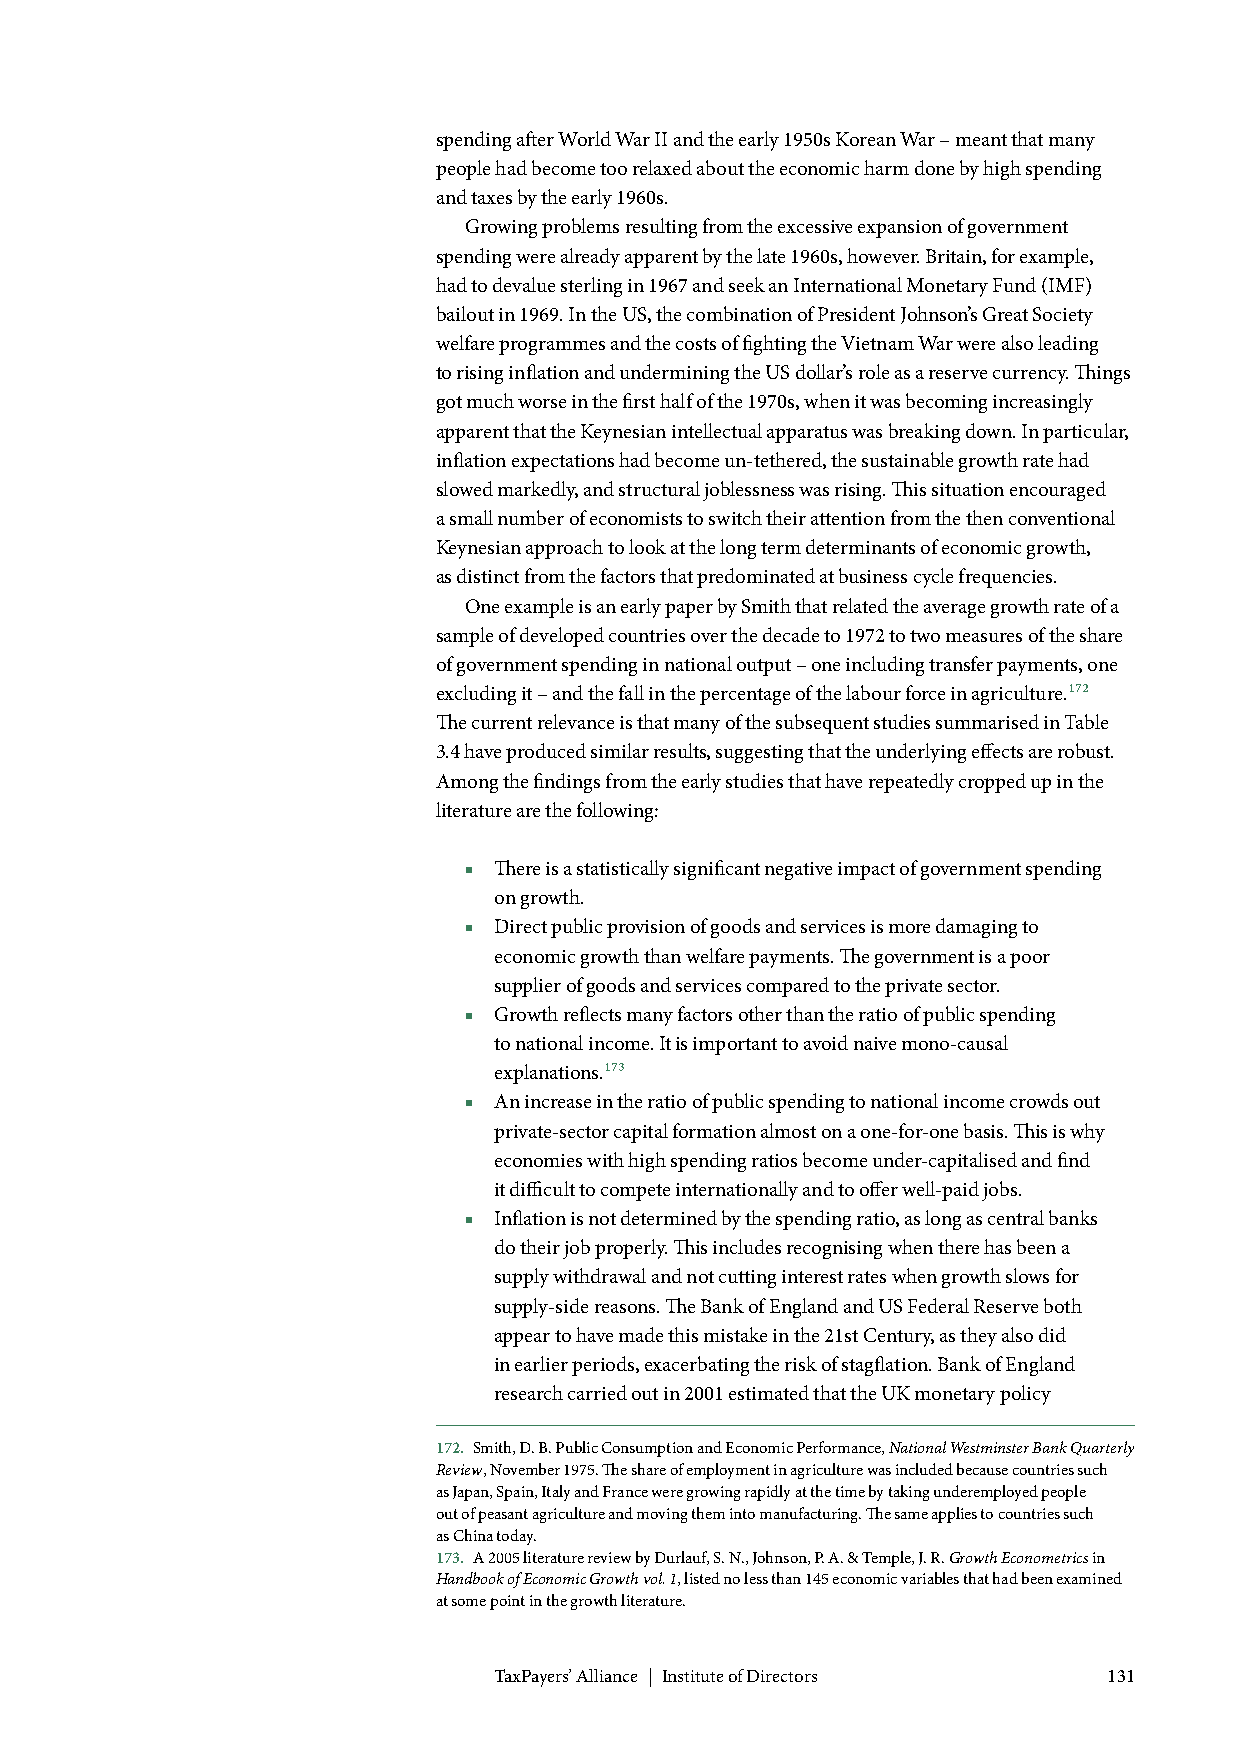
spending after World War II and the early 1950s Korean War – meant that many
 people had become too relaxed about the economic harm done by high spending
 and taxes by the early 1960s.
 Growing problems resulting from the excessive expansion of government
 spending were already apparent by the late 1960s, however. Britain, for example,
 had to devalue sterling in 1967 and seek an International Monetary Fund (IMF)
 bailout in 1969. In the US, the combination of President Johnson’s Great Society
 welfare programmes and the costs of fighting the Vietnam War were also leading
 to rising inflation and undermining the US dollar’s role as a reserve currency. Things
 got much worse in the first half of the 1970s, when it was becoming increasingly
 apparent that the Keynesian intellectual apparatus was breaking down. In particular,
 inflation expectations had become un-tethered, the sustainable growth rate had
 slowed markedly, and structural joblessness was rising. This situation encouraged
 a small number of economists to switch their attention from the then conventional
 Keynesian approach to look at the long term determinants of economic growth,
 as distinct from the factors that predominated at business cycle frequencies.
 One example is an early paper by Smith that related the average growth rate of a
 sample of developed countries over the decade to 1972 to two measures of the share
 of government spending in national output – one including transfer payments, one
 excluding it – and the fall in the percentage of the labour force in agriculture.172
 The current relevance is that many of the subsequent studies summarised in Table
 3.4 have produced similar results, suggesting that the underlying effects are robust.
 Among the findings from the early studies that have repeatedly cropped up in the
 literature are the following:
 ■ There is a statistically significant negative impact of government spending
 on growth.
 ■ Direct public provision of goods and services is more damaging to
 economic growth than welfare payments. The government is a poor
 supplier of goods and services compared to the private sector.
 ■ Growth reflects many factors other than the ratio of public spending
 to national income. It is important to avoid naive mono-causal
 explanations.173
 ■ An increase in the ratio of public spending to national income crowds out
 private-sector capital formation almost on a one-for-one basis. This is why
 economies with high spending ratios become under-capitalised and find
 it difficult to compete internationally and to offer well-paid jobs.
 ■ Inflation is not determined by the spending ratio, as long as central banks
 do their job properly. This includes recognising when there has been a
 supply withdrawal and not cutting interest rates when growth slows for
 supply-side reasons. The Bank of England and US Federal Reserve both
 appear to have made this mistake in the 21st Century, as they also did
 in earlier periods, exacerbating the risk of stagflation. Bank of England
 research carried out in 2001 estimated that the UK monetary policy
 172. Smith, D. B. Public Consumption and Economic Performance, National Westminster Bank Quarterly
 Review, November 1975. The share of employment in agriculture was included because countries such
 as Japan, Spain, Italy and France were growing rapidly at the time by taking underemployed people
 out of peasant agriculture and moving them into manufacturing. The same applies to countries such
 as China today.
 173. A 2005 literature review by Durlauf, S. N., Johnson, P. A. & Temple, J. R. Growth Econometrics in
 Handbook of Economic Growth vol. 1, listed no less than 145 economic variables that had been examined
 at some point in the growth literature.
 TaxPayers’ Alliance | Institute of Directors 131